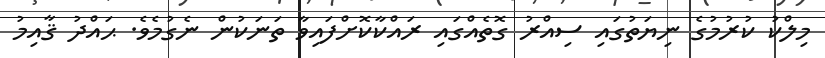
މިލްކު ކުރުމުގެ ނިޔަތުގައި ސިއްރު ގޮތެއްގައި ރައްކާކޮށްފައިވާ ތަނަކުން ނެގުމެވެ. ޙައްދު ޤާއިމު